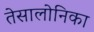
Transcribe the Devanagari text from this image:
तेसालोनिका